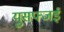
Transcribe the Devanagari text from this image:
युसफ्जई